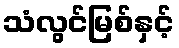
သံလွင်မြစ်နှင့်